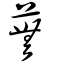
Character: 蕪